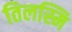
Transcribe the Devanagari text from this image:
तिलस्मि